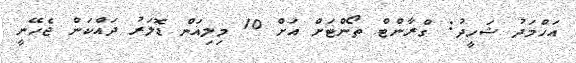
އަހްމަދު ޝަހީދު: ގްރާންޓް ތޯންޓަށް އަށް 10 މިލިއަން ޑޮލަރު ދައްކަން ޖެހޭނީ